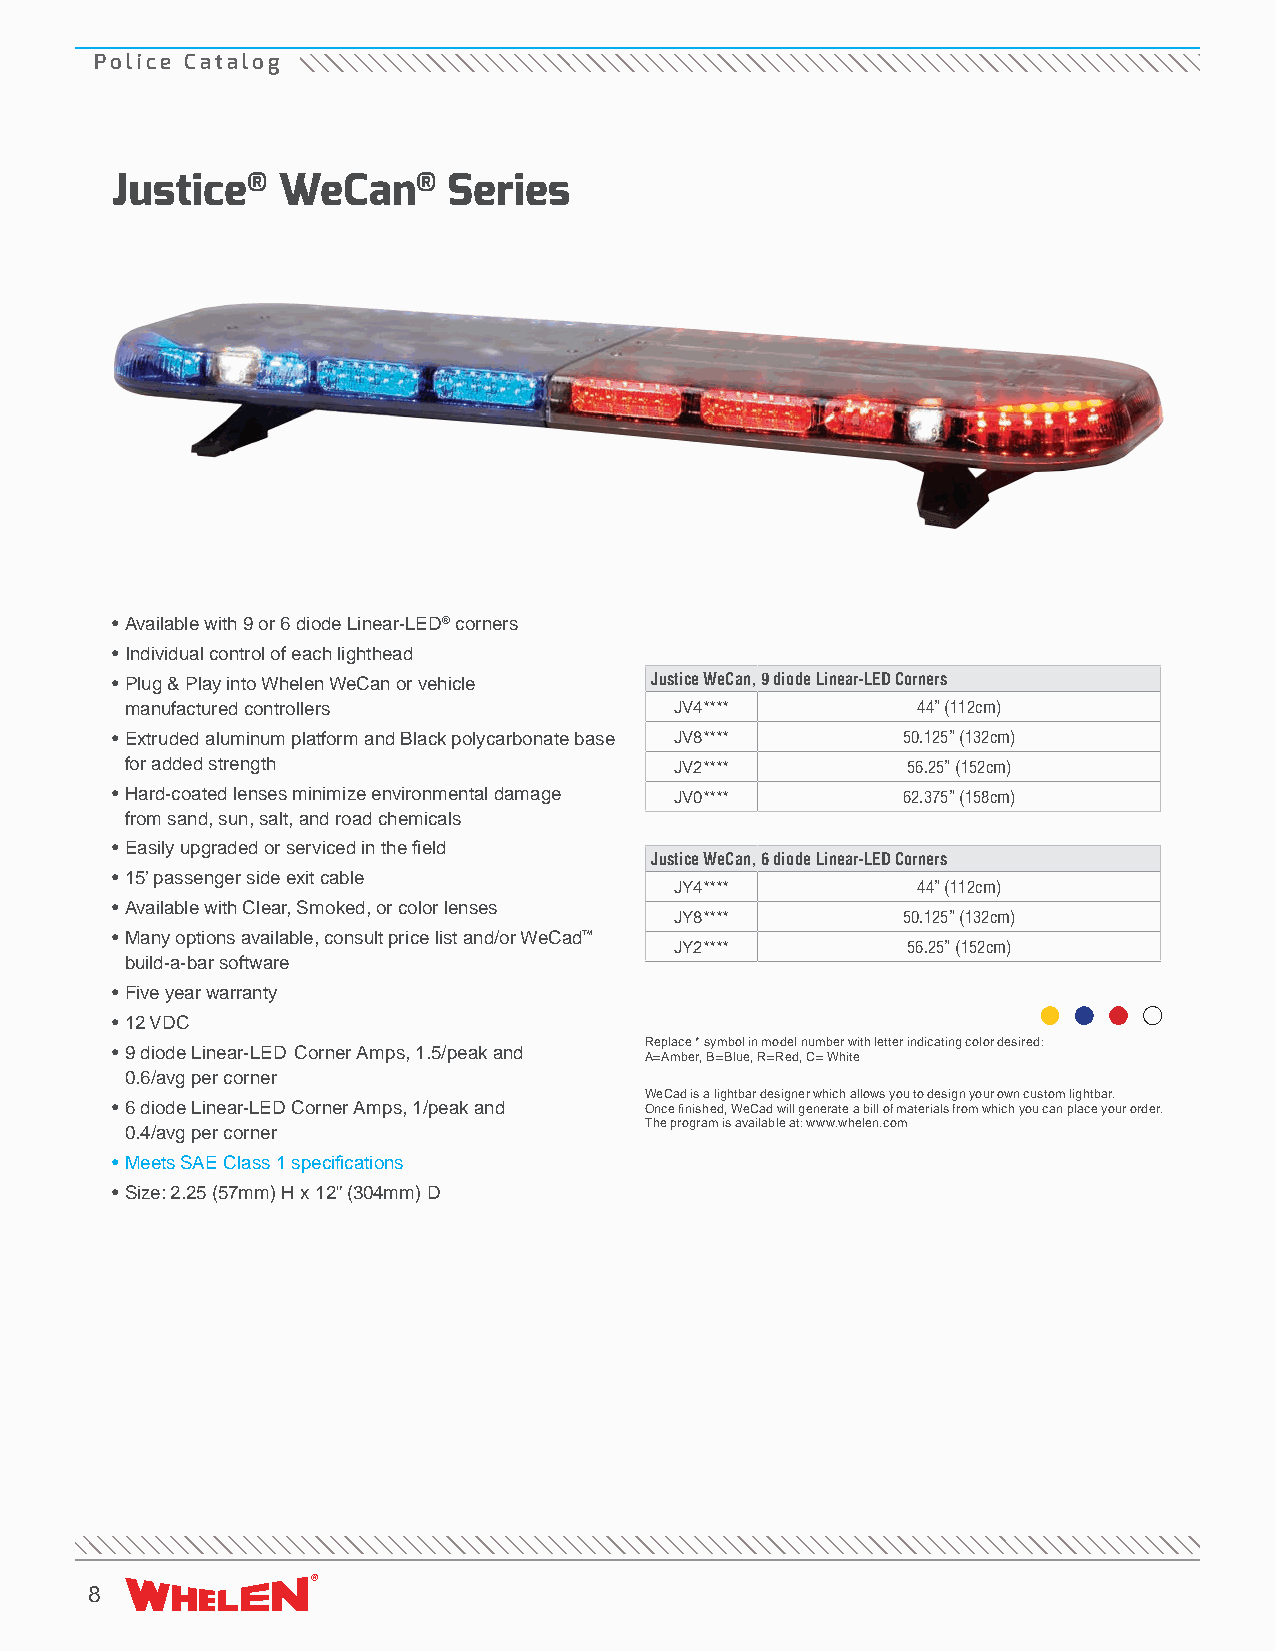
Police Catalog
 Justice®   WeCan®      Series
 • Available with 9 or 6 diode Linear-LED® corners
 • Individual control of each lighthead
 • Plug & Play into Whelen WeCan or vehicle Justice WeCan, 9 diode Linear-LED Corners
 manufactured controllers             JV4****         44” (112cm)
 • Extruded aluminum platform and Black polycarbonate base JV8**** 50.125” (132cm)
 for added strength                   JV2****        56.25” (152cm)
 • Hard-coated lenses minimize environmental damage JV0**** 62.375” (158cm)
 from sand, sun, salt, and road chemicals
 • Easily upgraded or serviced in the field
 Justice WeCan, 6 diode Linear-LED Corners
 • 15’ passenger side exit cable
 JY4****         44” (112cm)
 • Available with Clear, Smoked, or color lenses
 JY8****        50.125” (132cm)
 • Many options available, consult price list and/or WeCad™
 JY2****        56.25” (152cm)
 build-a-bar software
 • Five year warranty
 • 12 VDC
 Replace * symbol in model number with letter indicating color desired:
 • 9 diode Linear-LED Corner Amps, 1.5/peak and
 A=Amber, B=Blue, R=Red, C= White
 0.6/avg per corner
 WeCad is a lightbar designer which allows you to design your own custom lightbar.
 • 6 diode Linear-LED Corner Amps, 1/peak and Once finished, WeCad will generate a bill of materials from which you can place your order.
 The program is available at: www.whelen.com
 0.4/avg per corner
 • Meets SAE Class 1 specifications
 • Size: 2.25 (57mm) H x 12” (304mm) D
 8